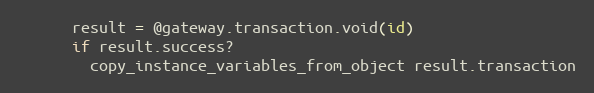
Language: Ruby
      result = @gateway.transaction.void(id)
      if result.success?
        copy_instance_variables_from_object result.transaction